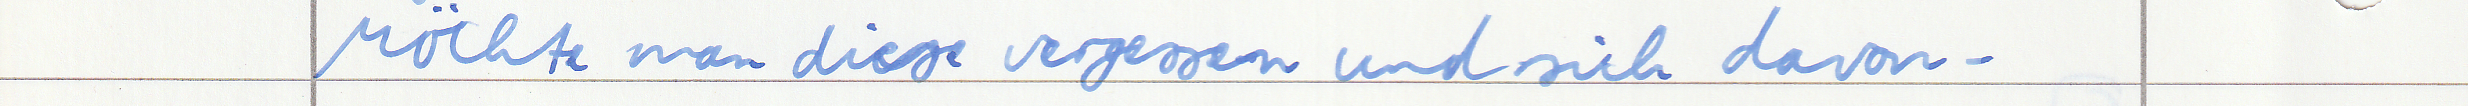
Möchte man diese vergessen und sich davon -